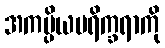
အကပ္ပိယပရိက္ခရာကို